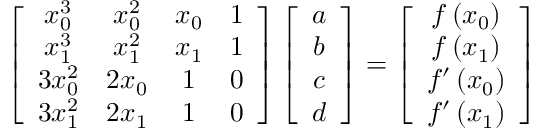
\left[ \begin{array} { c c c c } { x _ { 0 } ^ { 3 } } & { x _ { 0 } ^ { 2 } } & { x _ { 0 } } & { 1 } \\ { x _ { 1 } ^ { 3 } } & { x _ { 1 } ^ { 2 } } & { x _ { 1 } } & { 1 } \\ { 3 x _ { 0 } ^ { 2 } } & { 2 x _ { 0 } } & { 1 } & { 0 } \\ { 3 x _ { 1 } ^ { 2 } } & { 2 x _ { 1 } } & { 1 } & { 0 } \end{array} \right] \left[ \begin{array} { c } { a } \\ { b } \\ { c } \\ { d } \end{array} \right] = \left[ \begin{array} { c } { f \left( x _ { 0 } \right) } \\ { f \left( x _ { 1 } \right) } \\ { f ^ { \prime } \left( x _ { 0 } \right) } \\ { f ^ { \prime } \left( x _ { 1 } \right) } \end{array} \right]